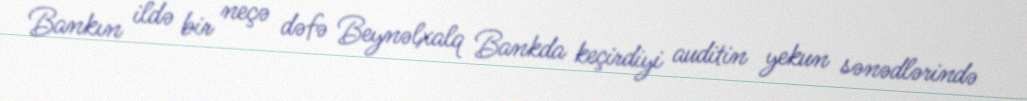
Bankın ildə bir neçə dəfə Beynəlxalq Bankda keçirdiyi auditin yekun sənədlərində